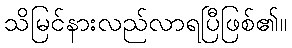
သိမြင်နားလည်လာရပြီဖြစ်၏။